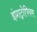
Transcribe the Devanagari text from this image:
इंप्राट्रोपियम